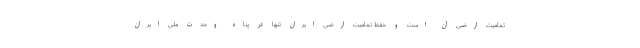
تمامیت ارضی آن است و حفظ تمامیت ارضی ایران تنها در پناه وحدت ملی ایران